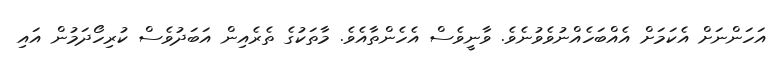
އަހަންނަށް އެކަމަށް އެއްބަހެއްނުވެވުނެވެ. ވާނީވެސް އެހެންތާއެވެ. މާތަކުގެ ތެރެއިން އަބަދުވެސް ކުރިހޯދަމުން އައި